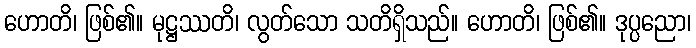
ဟောတိ၊ ဖြစ်၏။ မုဋ္ဌဿတိ၊ လွတ်သော သတိရှိသည်။ ဟောတိ၊ ဖြစ်၏။ ဒုပ္ပညော၊